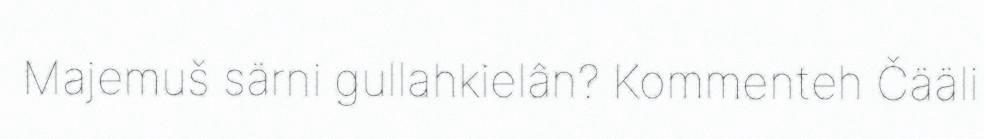
Majemuš särni gullahkielân? Kommenteh Čääli